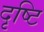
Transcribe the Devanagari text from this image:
दृष्‍टि